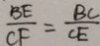
\frac { B E } { C F } = \frac { B C } { C E }